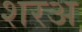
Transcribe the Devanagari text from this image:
शरअ